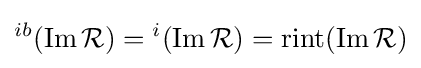
{}^{ib}(\operatorname {Im} {\mathcal {R}})={}^{i}(\operatorname {Im} {\mathcal {R}})=\operatorname {rint} (\operatorname {Im} {\mathcal {R}})